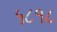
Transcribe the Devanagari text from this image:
५८१८